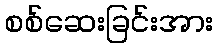
စစ်ဆေးခြင်းအား